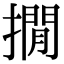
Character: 撊